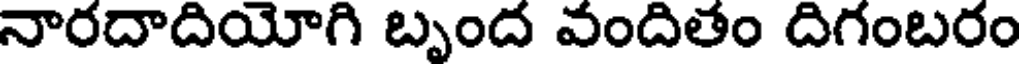
నారదాదియోగి బృంద వందితం దిగంబరం